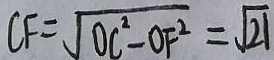
C F = \sqrt { O C ^ { 2 } - O F ^ { 2 } } = \sqrt { 2 1 }